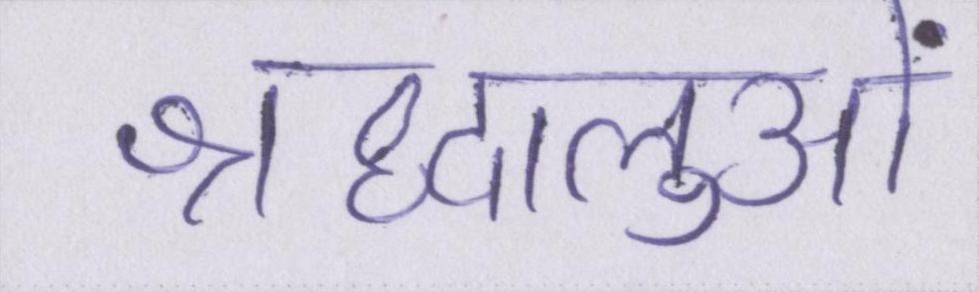
श्रद्धालुओं